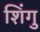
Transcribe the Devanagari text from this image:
शिंगु